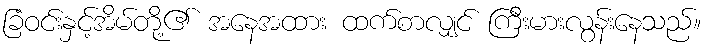
ခြံဝင်းနှင့်အိမ်တို့၏ အနေအထား ထက်စာလျှင် ကြီးမားလွန်းနေသည်။